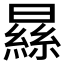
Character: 𣊡